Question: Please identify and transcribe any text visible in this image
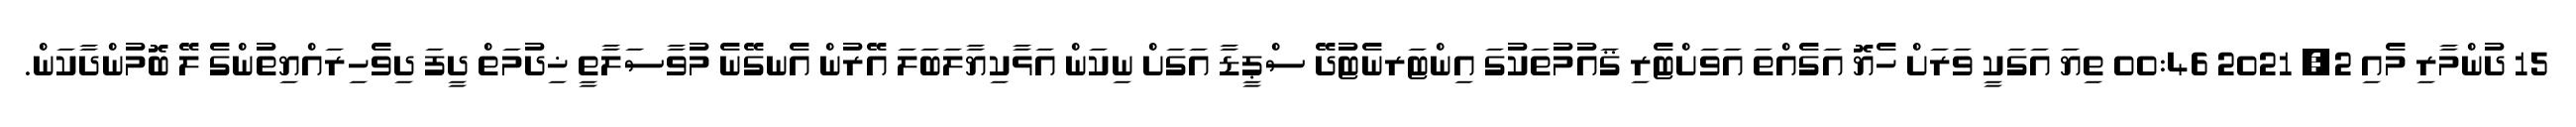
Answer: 15 ދުންމާރި މެއި 2, 2021 00:46 ތިޔަ އަގަކީ ވަރަށް ހެޔޮ އަގެއްތަ އަވަށްޓެރި ޤައުމުތަކުގަ އިންޓަރނެޓުދޭ ސްޕީޑާ އަގަށް ނިކަން އަޅާކިޔާލަބަލަ އޭރުން އެނގޭނެ މުވާސަލާތީ ޚިދުމަތް ދީފަ ދިވެހިރައްޔިތުންގެ ލޭ ބޮމުންދާކަން.